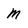
Character: m